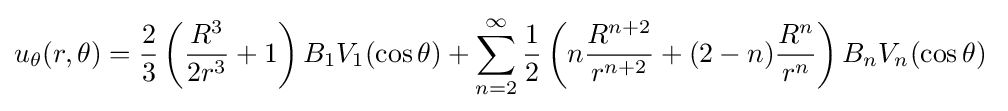
u_{\theta }(r,\theta )={\frac {2}{3}}\left({\frac {R^{3}}{2r^{3}}}+1\right)B_{1}V_{1}(\cos \theta )+\sum _{n=2}^{\infty }{\frac {1}{2}}\left(n{\frac {R^{n+2}}{r^{n+2}}}+(2-n){\frac {R^{n}}{r^{n}}}\right)B_{n}V_{n}(\cos \theta )\;